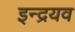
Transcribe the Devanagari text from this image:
इन्द्रयव